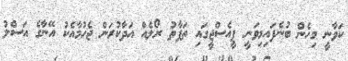
ކަވާނީ މިހެން ބުނެފައިމިވަނީ ޕީއެސްޖީގައި ތަފާތު ރޯލެއް އަދާކުރަން ޖެހުމާއެކު އޭނާގެ އަސްލު